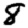
Digit: 8